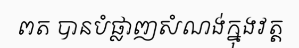
ពត បានបំផ្លាញសំណង់ក្នុងវត្ត